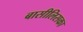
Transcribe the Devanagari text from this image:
बासीलिसका